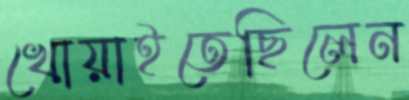
খোয়াইতেছিলেন